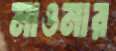
মাওনার